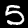
Label: 5